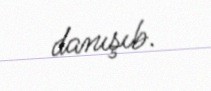
danışıb.